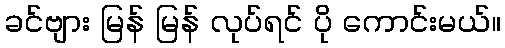
ခင်ဗျား မြန် မြန် လုပ်ရင် ပို ကောင်းမယ်။